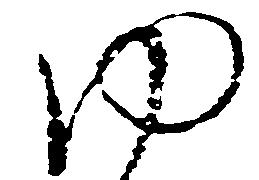
ゆ